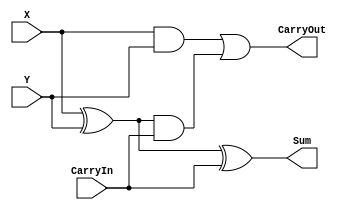
module FullAdder(X, Y, CarryIn, Sum, CarryOut);
    input wire X, Y;
    input wire CarryIn;
    output Sum;
    output CarryOut;

    assign Sum = X ^ Y ^ CarryIn;
    assign CarryOut = (X & Y) | ((X ^ Y) & CarryIn);
endmodule